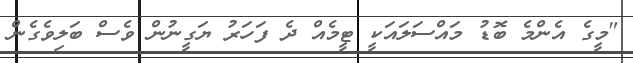
"މީގެ އެންމެ ބޮޑު މައްސަލައަކީ ޓީމެއް ދެ ފަހަރު ޔަގީނުން ވެސް ބަލިވެގެން